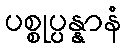
ပစ္စုပ္ပန္နာနံ